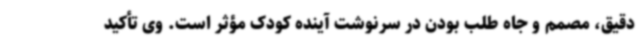
دقیق، مصمم و جاه طلب بودن در سرنوشت آینده کودک مؤثر است. وی تأکید